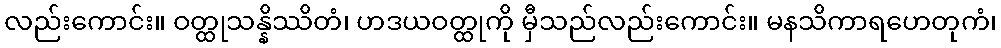
လည်းကောင်း။ ဝတ္ထုသန္နိဿိတံ၊ ဟဒယဝတ္ထုကို မှီသည်လည်းကောင်း။ မနသိကာရဟေတုကံ၊